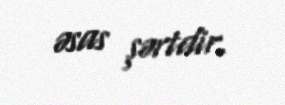
əsas şərtdir.